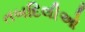
તબદિલીઓ